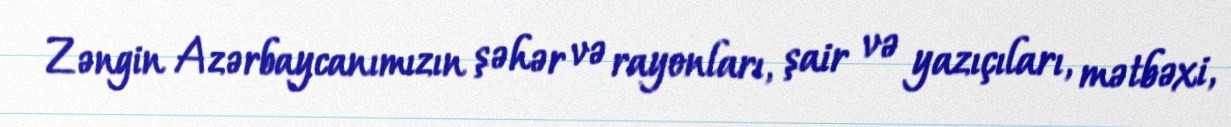
Zəngin Azərbaycanımızın şəhər və rayonları, şair və yazıçıları, mətbəxi,